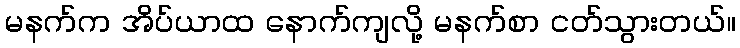
မနက်က အိပ်ယာထ နောက်ကျလို့ မနက်စာ ငတ်သွားတယ်။